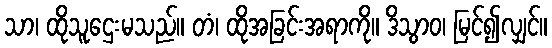
သာ၊ ထိုသူဌေးမသည်။ တံ၊ ထိုအခြင်းအရာကို။ ဒိသွာဝ၊ မြင်၍လျှင်။